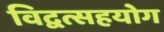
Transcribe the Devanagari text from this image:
विद्वत्सहयोग